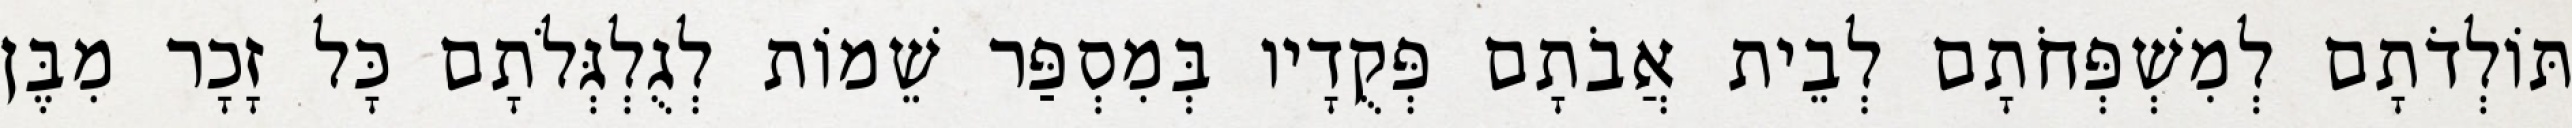
תּוֹלְדֹתָם לְמִשְׁפְּחֹתָם לְבֵית אֲבֹתָם פְּקֻדָיו בְּמִסְפַּר שֵׁמוֹת לְגֻלְגְּלֹתָם כָּל זָכָר מִבֶּן